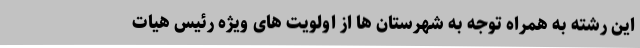
این رشته به همراه توجه به شهرستان ها از اولویت های ویژه رئیس هیات